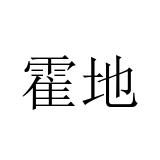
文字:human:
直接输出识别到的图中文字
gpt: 霍地